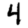
Digit: 4